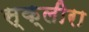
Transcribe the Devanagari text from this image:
स्क्लीरा